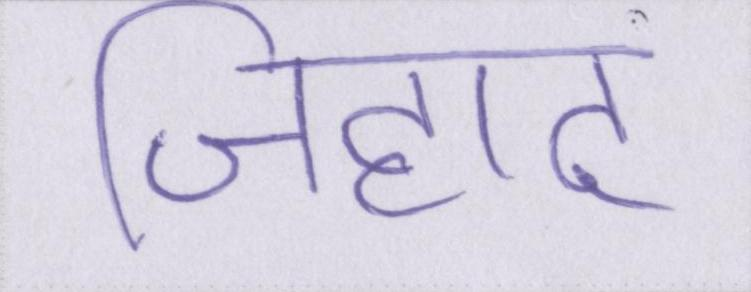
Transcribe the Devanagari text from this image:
जिहाद